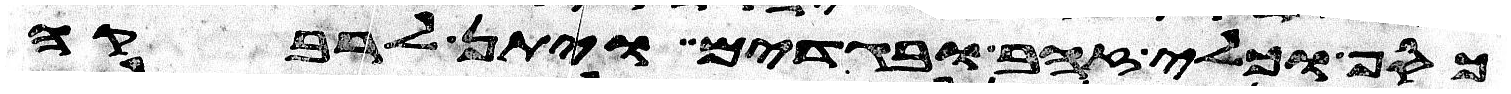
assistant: כסף וכלי זהב ובגדים ויתן לרבקה